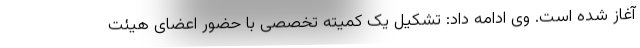
آغاز شده است. وی ادامه داد: تشکیل یک کمیته تخصصی با حضور اعضای هیئت